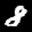
Label: 8